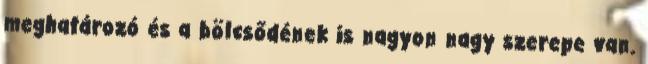
meghatározó és a bölcsődének is nagyon nagy szerepe van.